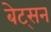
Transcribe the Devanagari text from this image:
बेट्सन